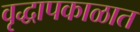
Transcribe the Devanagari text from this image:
वृद्धापकाळात